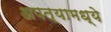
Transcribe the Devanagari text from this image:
अपत्यामध्ये